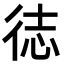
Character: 𪫍